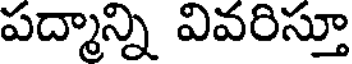
పద్మాన్ని వివరిస్తూ